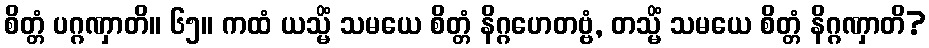
စိတ္တံ ပဂ္ဂဏှာတိ။ ၆၅။ ကထံ ယသ္မိံ သမယေ စိတ္တံ နိဂ္ဂဟေတဗ္ဗံ, တသ္မိံ သမယေ စိတ္တံ နိဂ္ဂဏှာတိ?